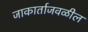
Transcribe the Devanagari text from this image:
जाकार्ताजवळील